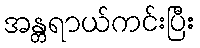
အန္တရာယ်ကင်းပြီး